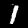
Digit: 1